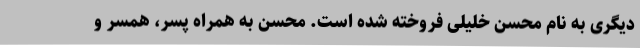
دیگری به نام محسن خلیلی فروخته شده است. محسن به همراه پسر، همسر و